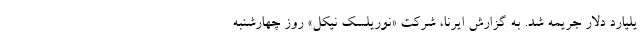
یلیارد دلار جریمه شد. به گزارش ایرنا، شرکت «نوریلسک نیکل» روز چهارشنبه